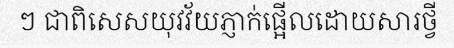
ៗ ជាពិសេសយុវវ័យភ្ញាក់ផ្អើលដោយសារថ្វី